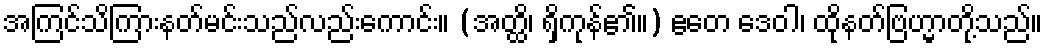
အကြင်သိကြားနတ်မင်းသည်လည်းကောင်း။ (အတ္ထိ၊ ရှိကုန်၏။) ဧတေ ဒေဝါ၊ ထိုနတ်ဗြဟ္မာတို့သည်။